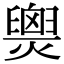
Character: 𤐫